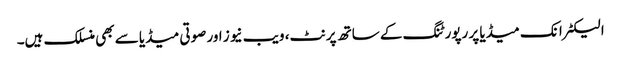
الیکٹرانک میڈیا پر رپورٹنگ کے ساتھ پرنٹ، ویب نیوز اور صوتی میڈیا سے بھی منسلک ہیں۔